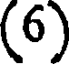
(6)